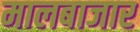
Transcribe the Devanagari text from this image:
मालबाजार